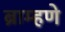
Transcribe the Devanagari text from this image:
ब्राम्हणे